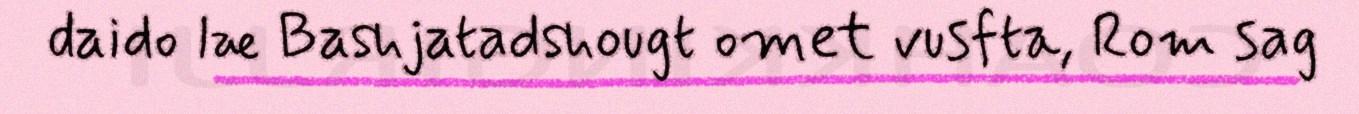
daido læ Bashjatadshougt omet vusfta, Rom sag